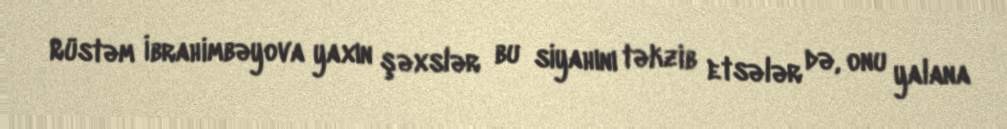
Rüstəm İbrahimbəyova yaxın şəxslər bu siyahını təkzib etsələr də, onu yalana